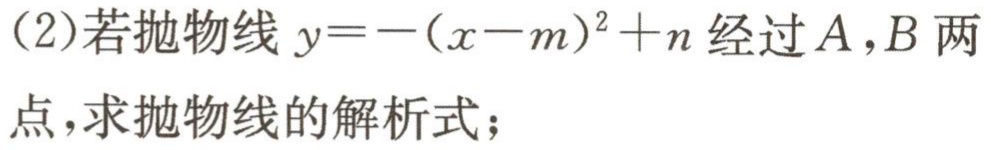
(2)若抛物线\(y = -(x - m)^{2}+n\)经过\(A,B\)两点，求抛物线的解析式；